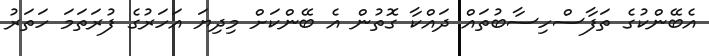
އެބޭންކުގެ ތަފާސްހިސާބުތައް ދައްކާ ގޮތުން އެ ބޭންކަށް މިދިޔަ އަހަރުގެ ފުރަތަމަ ހަތަރު